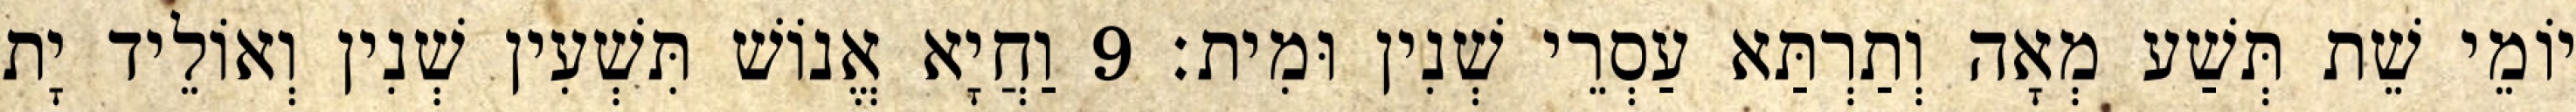
יוֹמֵי שֵׁת תְּשַׁע מְאָה וְתַרְתַּא עַסְרֵי שְׁנִין וּמִית׃ 9 וַחֲיָא אֱנוֹשׁ תִּשְׁעִין שְׁנִין וְאוֹלֵיד יָת